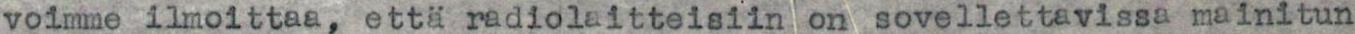
voimme ilmoittaa, että radiolaitteisiin on sovellettavissa mainitun